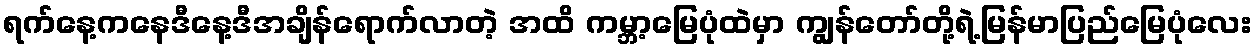
ရက်နေ့ကနေဒီနေ့ဒီအချိန်ရောက်လာတဲ့ အထိ ကမ္ဘာ့မြေပုံထဲမှာ ကျွန်တော်တို့ရဲ့မြန်မာပြည်မြေပုံလေး